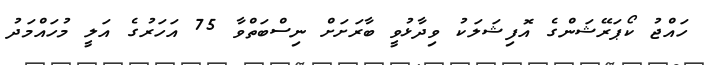
ހައްޖު ކޯޕަރޭޝަންގެ އޮފިޝަލަކު ވިދާޅުވީ ބާރަށަށް ނިސްބަތްވާ 75 އަހަރުގެ އަލީ މުހައްމަދު